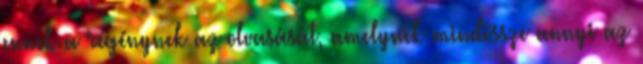
ennek a regénynek az olvasását, amelynek mindössze annyi az